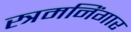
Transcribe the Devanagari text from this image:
स्त्रमनिंगार